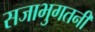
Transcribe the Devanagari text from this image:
सजाभुगतनी